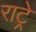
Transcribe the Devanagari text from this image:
राट्रे